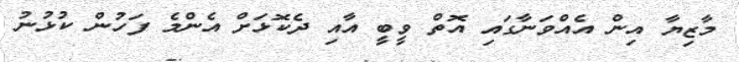
މާޒިޔާ އިން އެއްވަނާގައި އޮތް ވީބީ އާއި ދެކޮޅަށް އެންމެ ފަހުން ކުޅުނު